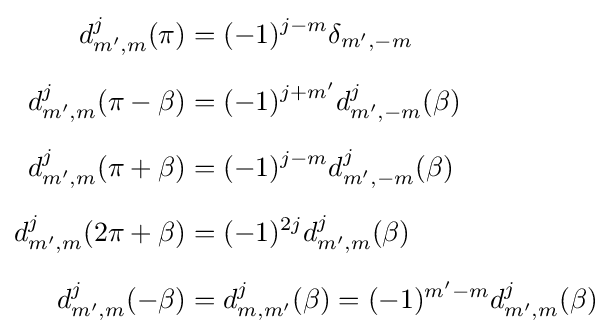
{\begin{aligned}d_{m',m}^{j}(\pi )&=(-1)^{j-m}\delta _{m',-m}\\[6pt]d_{m',m}^{j}(\pi -\beta )&=(-1)^{j+m'}d_{m',-m}^{j}(\beta )\\[6pt]d_{m',m}^{j}(\pi +\beta )&=(-1)^{j-m}d_{m',-m}^{j}(\beta )\\[6pt]d_{m',m}^{j}(2\pi +\beta )&=(-1)^{2j}d_{m',m}^{j}(\beta )\\[6pt]d_{m',m}^{j}(-\beta )&=d_{m,m'}^{j}(\beta )=(-1)^{m'-m}d_{m',m}^{j}(\beta )\end{aligned}}